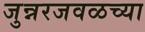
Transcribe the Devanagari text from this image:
जुन्नरजवळच्या